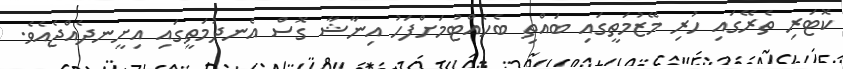
ކޮޓަރި ތެރޭގައި ހުރި މޭޒުމަތީގައި ބައްތި ބެހެއްޓުމަށްފަހު އިނާޝާ ގޮސް އެނދުމަތީގައި އިށީނދެއްޖެއެވެ.